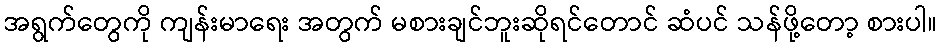
အရွက်တွေကို ကျန်းမာရေး အတွက် မစားချင်ဘူးဆိုရင်တောင် ဆံပင် သန်ဖို့တော့ စားပါ။